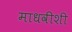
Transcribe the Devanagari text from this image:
माधवीशी